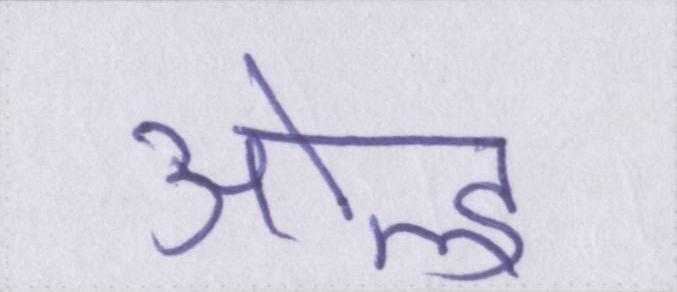
ओल्ड